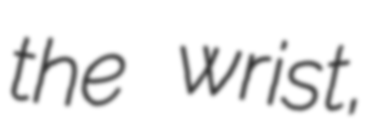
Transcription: the wrist,